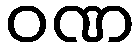
ဝဏ